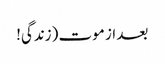
بعد از موت (زندگی!